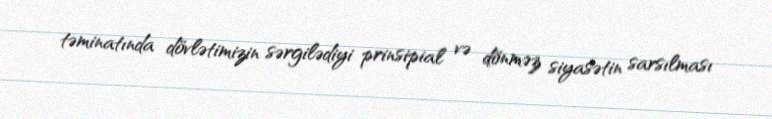
təminatında dövlətimizin sərgilədiyi prinsipial və dönməz siyasətin sarsılması